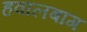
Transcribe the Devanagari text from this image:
हवालबाग